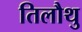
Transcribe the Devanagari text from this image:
तिलौथु